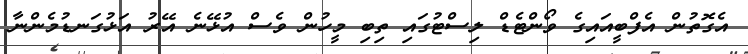
އެގޮތުން އެފްބީއައިގެ ވޯންޓެޑް ލިސްޓުގައި ތިބި މީހުން ވެސް އުޅޭނެ އޭރު އަޅުގަނޑުމެންނާ